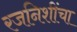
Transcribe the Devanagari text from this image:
रजनिशींचा